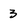
Character: 3